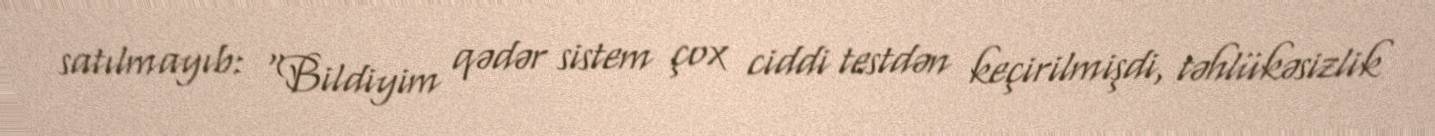
satılmayıb: “Bildiyim qədər sistem çox ciddi testdən keçirilmişdi, təhlükəsizlik